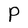
Character: P